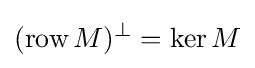
(\operatorname {row} M)^{\bot }=\ker M